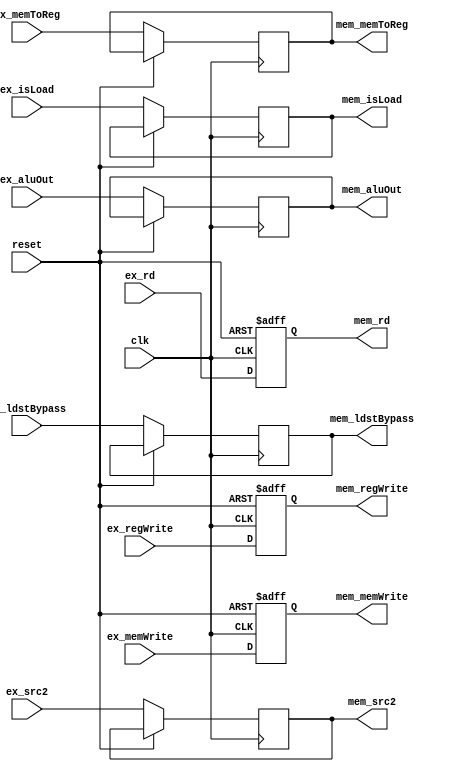
module pr_ex_mem(
    input             clk, reset,
    input      [31:0] ex_aluOut,
    input      [31:0] ex_src2,    
    // control signals for MEM stage
    input             ex_isLoad,
    input             ex_memWrite,
    input             ex_ldstBypass,
    // control signals for WB stage
    input             ex_memToReg,
    input       [4:0] ex_rd,
    input             ex_regWrite,
    // Data outputs
    output reg [31:0] mem_aluOut,
    output reg [31:0] mem_src2,
    // control signals for MEM stage
    output reg        mem_isLoad,
    output reg        mem_memWrite,
    output reg        mem_ldstBypass,
    // control signals for WB stage
    output reg        mem_memToReg,
    output reg  [4:0] mem_rd,
    output reg        mem_regWrite
);

always @(posedge clk, posedge reset)
    if (reset) begin
        // I don't care about the data signals, memToReg, mem_ldstBypass.
        //  Leave them unknown - x
        mem_rd       <= 5'h0;  // Destination register is $zero
        mem_regWrite <= 1'b0;  // Don't write any registers
        mem_memWrite <= 1'b0;  // Don't write to Data memory
    end else begin
        mem_src2       <= #10 ex_src2;
        mem_aluOut     <= #10 ex_aluOut;
        mem_memWrite   <= #10 ex_memWrite;
        mem_isLoad     <= #10 ex_isLoad;
        mem_ldstBypass <= #10 ex_ldstBypass;
        mem_memToReg   <= #10 ex_memToReg;
        mem_rd         <= #10 ex_rd;
        mem_regWrite   <= #10 ex_regWrite;
    end
endmodule